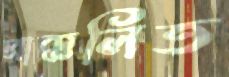
প্রাক্কলিত